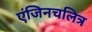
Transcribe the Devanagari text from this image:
एंजिनचलित्र